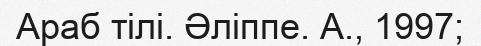
Араб тілі. Әліппе. А., 1997;